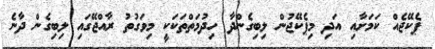
ޕެކޭޖެއް ކަމަށާއި އަދި މިޕެކޭޖުން ލިބިގެންދާ ހިދުމަތްތަކަކީ މިވަގުތު ރާއްޖޭގައި ލިބިގެން ދާނެ